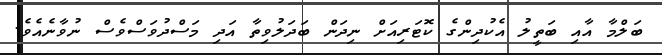
ބަލްމާ އާއި ބަތީލު އެކުދިންގެ ކޮޓަރިއަށް ނިދަން ބަދަލުވިތާ އަދި މަސްދުވަސްވެސް ނުވާނެއެވެ.